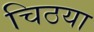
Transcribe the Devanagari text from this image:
चिठया